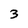
Character: 3